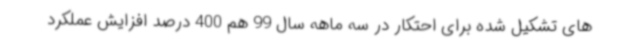
های تشکیل شده برای احتکار در سه ماهه سال 99 هم 400 درصد افزایش عملکرد